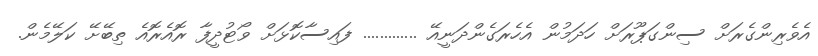
އެވެރިންގެރަށް ސިންގަޕޫރަށް ހަދަމުން އެހެރަގެންދަނީއޭ ............. ފައިސާކޮޅަށް ވޯޓުދީފާ ރޮއެރޮއެ ތިބޭށޭ ކަލޭމެން.